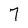
Character: 7